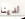
لدينا